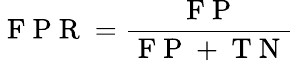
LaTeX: \mathrm{~F~P~R~}=\frac{\mathrm{~F~P~}}{\mathrm{~F~P~}+\mathrm{~T~N~}}